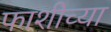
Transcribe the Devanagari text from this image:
फाशीच्या